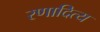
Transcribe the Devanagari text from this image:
रणादित्य